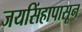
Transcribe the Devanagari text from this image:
जयसिंहापासून